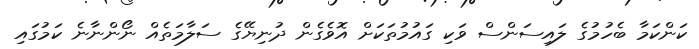
ކަންކަމާ ބެހުމުގެ ލައިސަންސް ވަކި ގައުމުތަކަށް އޮވެގެން ދުނިޔޭގެ ސަލާމަތެއް ނޯންނާނެ ކަމުގައި